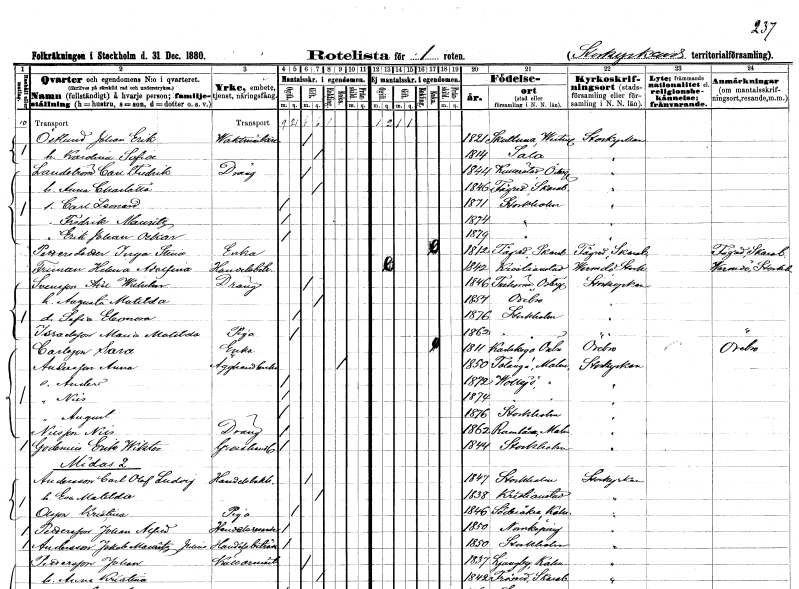
gt_parse: households: individuals: FN: Johan Erik
EN: Östlund
YRKE: Vaktmästare
KON: M
CIV: G
FODAR: 1821
FODFORS: Skultuna Västmanlands län
FN: Karolina Sofia
KON: K
CIV: G
FODAR: 1814
FODFORS: Sala Västmanlands län
FN: Carl Fredrik
EN: Landström
YRKE: Dräng
KON: M
CIV: G
FODAR: 1844
FODFORS: Kullerstad Östergötlands län
FN: Anna Charlotta
KON: K
CIV: G
FODAR: 1846
FODFORS: Fägre Skaraborgs län
FN: Carl Leonard
KON: M
CIV: O
FODAR: 1871
FODFORS: Stockholm
FN: Fredrik Mauritz
KON: M
CIV: O
FODAR: 1874
FODFORS: Stockholm
FN: Erik Johan Oskar
KON: M
CIV: O
FODAR: 1879
FODFORS: Stockholm
FN: Inga Stina
EN: Pettersdotter
YRKE: Änka
KON: K
CIV: E
FODAR: 1812
FODFORS: Fägre Skaraborgs län
FN: Helena Adolfina
EN: Friman
YRKE: Handelsbiträde
KON: K
CIV: O
FODAR: 1842
FODFORS: Kristianstad Kristianstads län
FN: Axel Wilhelm
EN: Svensson
YRKE: Dräng
KON: M
CIV: G
FODAR: 1846
FODFORS: Trehörna Östergötlands län
FN: Augusta Matilda
KON: K
CIV: G
FODAR: 1854
FODFORS: Örebro Örebro län
FN: Sofia Eleonora
KON: K
CIV: O
FODAR: 1876
FODFORS: Stockholm
FN: Maria Matilda
EN: Israelsson
YRKE: Piga
KON: K
CIV: O
FODAR: 1862
FODFORS: Stockholm
FN: Sara
EN: Carlsson
YRKE: Änka
KON: K
CIV: E
FODAR: 1811
FODFORS: Karlskoga Örebro län
FN: Anna
EN: Andersson
YRKE: Ägghandlerska
KON: K
CIV: E
FODAR: 1850
FODFORS: Tolånga Malmöhus län
FN: Anders
KON: M
CIV: O
FODAR: 1872
FODFORS: Vollsjö Malmöhus län
FN: Nils
KON: M
CIV: O
FODAR: 1874
FODFORS: Vollsjö Malmöhus län
FN: August
KON: M
CIV: O
FODAR: 1876
FODFORS: Stockholm
FN: Nils
EN: Nilsson
YRKE: Dräng
KON: M
CIV: O
FODAR: 1862
FODFORS: Helsingborgs landsförsamling Malmöhus län
FN: Erik Wiktor
EN: Grodenius
YRKE: Grosshandlare
KON: M
CIV: O
FODAR: 1844
FODFORS: Stockholm
FN: Carl Olof Ludvig
EN: Andersson
YRKE: Handelsbokhållare
KON: M
CIV: G
FODAR: 1847
FODFORS: Stockholm
FN: Eva Matilda
KON: K
CIV: G
FODAR: 1838
FODFORS: Kristianstad Kristianstads län
FN: Kristina
EN: Olsson
YRKE: Piga
KON: K
CIV: O
FODAR: 1846
FODFORS: Söderåkra Kalmar län
FN: Johan Alfred
EN: Pettersson
YRKE: Handelsresande
KON: M
CIV: O
FODAR: 1850
FODFORS: Norrköping Östergötlands län